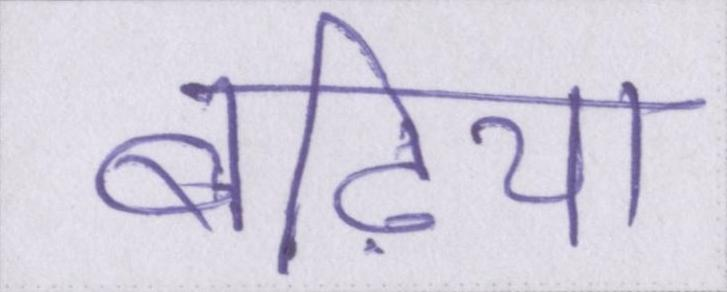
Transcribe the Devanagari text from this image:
बढ़िया